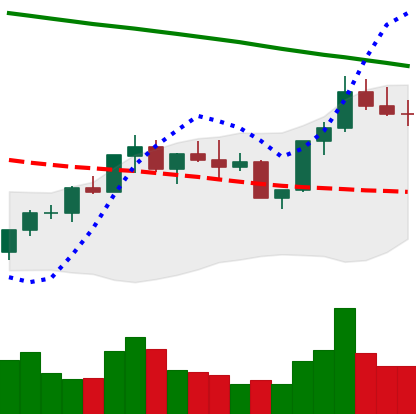
Ticker: BNB-USD
Chart end date: 2022-08-01
Forward return: 11.12%
Label: up_7plus